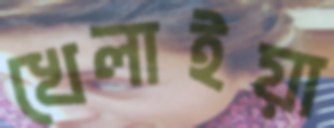
খেলাইয়া